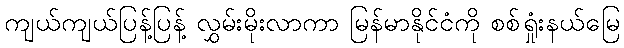
ကျယ်ကျယ်ပြန့်ပြန့် လွှမ်းမိုးလာကာ မြန်မာနိုင်ငံကို စစ်ရှုံးနယ်မြေ